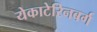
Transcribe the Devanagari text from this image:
येकाटेरिनबर्ग